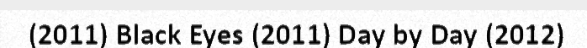
(2011) Black Eyes (2011) Day by Day (2012)